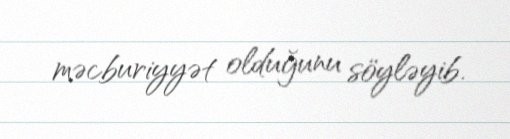
məcburiyyət olduğunu söyləyib.